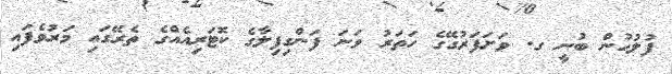
ފުލުހުން ބުނީ ގ. ވަށަފަރުގޭގެ ހަތަރު ވަނަ ފަންގިފިލާގެ ކޮޓަރިއެއްގެ ތެރޭގައި މަރުވެފައި